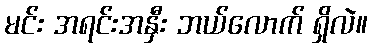
မင်း အရင်းအနှီး ဘယ်လောက် ရှိလဲ။